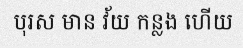
បុរស មាន វ័យ កន្លង ហើយ